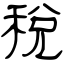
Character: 税